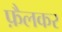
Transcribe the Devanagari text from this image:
फ़ैलकर